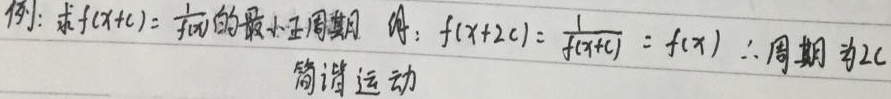
例：求 \(f(x + c)=\frac{1}{f(x)}\) 的最小正周期。

解：\(f(x + 2c)=\frac{1}{f(x + c)}=f(x)\)

\(\therefore\) 周期为 \(2c\)

简谐运动